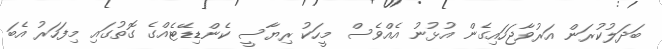
ބަދަލުކުރަން އަރުވާޖަހައިގެން އުޅުނު އެއްވެސް މީހަކު ރިޔާސީ ކެންޑިޑޭޓެއްގެ ގޮތުގައި މިފަހަރު އެބަ